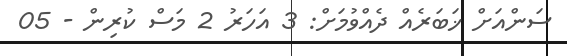
ސަންއަށް ޚަބަރެއް ދެއްވުމަށް: 3 އަހަރު 2 މަސް ކުރިން - 05